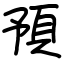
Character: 預